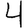
Digit: 4